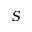
S